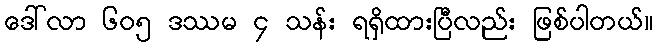
ဒေါ်လာ ၆၀၅ ဒဿမ ၄ သန်း ရရှိထားပြီလည်း ဖြစ်ပါတယ်။